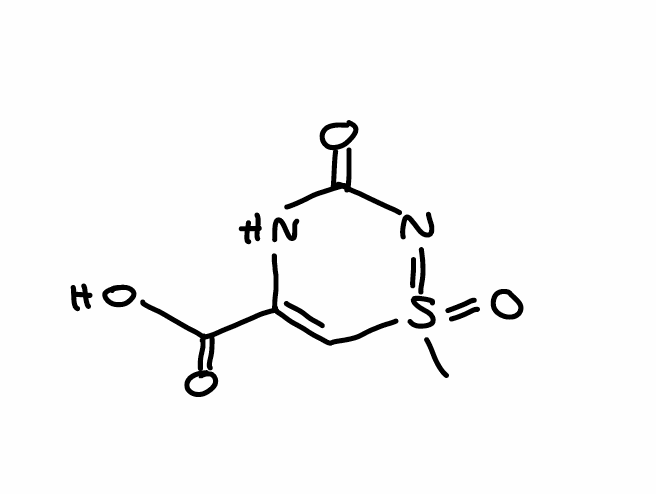
Simplified molecular-input line-entry system (SMILES) notation of the given molecule:
CS1(=NC(=O)NC(=C1)C(=O)O)=O